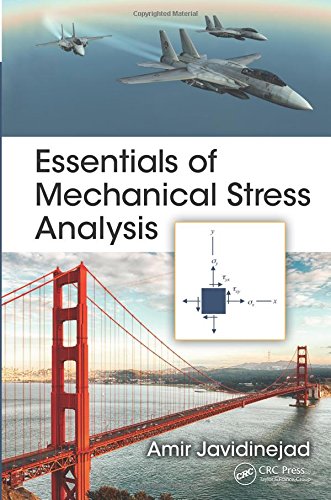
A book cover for Essentials of Mechanical Stress Analysis (Mechanical and Aerospace Engineering Series); Amir Javidinejad; Science & Math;